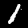
Label: 1